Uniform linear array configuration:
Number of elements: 64
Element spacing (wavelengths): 0.75
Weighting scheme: uniform
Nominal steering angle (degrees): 15
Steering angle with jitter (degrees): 14.164
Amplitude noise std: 0.05
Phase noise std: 0.05

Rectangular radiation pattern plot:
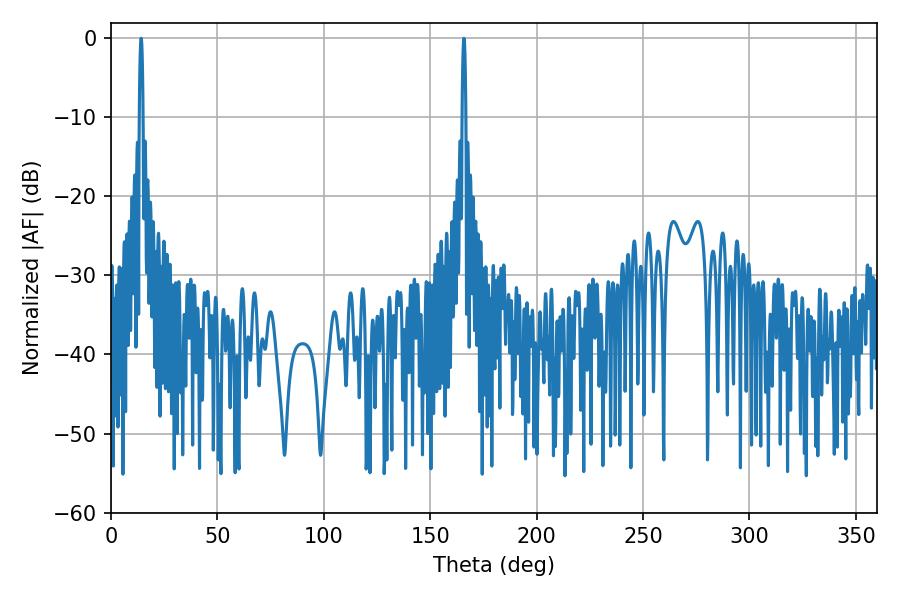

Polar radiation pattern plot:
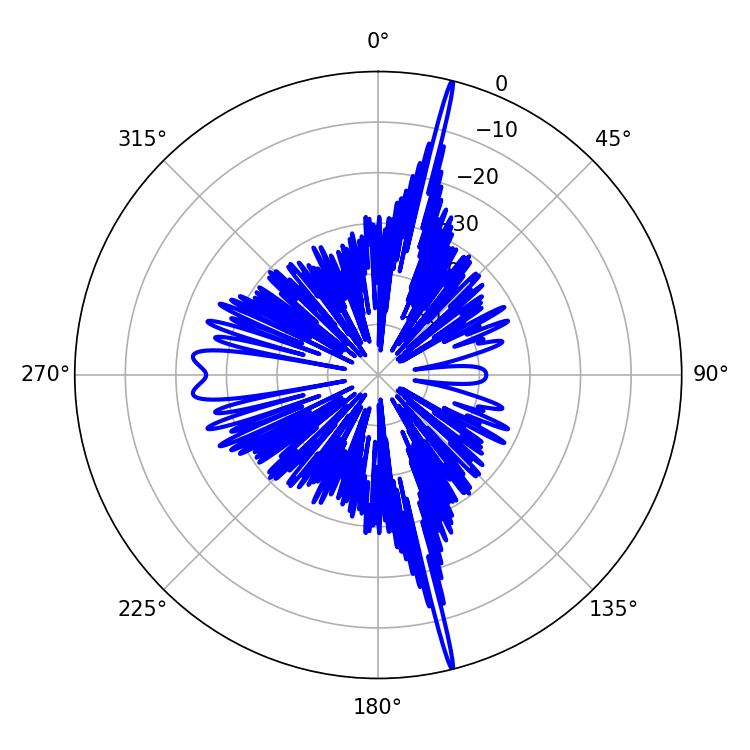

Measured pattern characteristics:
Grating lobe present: TRUE
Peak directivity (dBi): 23.592
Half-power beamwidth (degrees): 0.9
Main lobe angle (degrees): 165.78